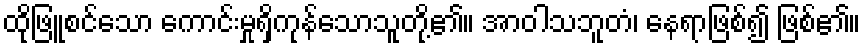
ထိုဖြူစင်သော ကောင်းမှုရှိကုန်သောသူတို့၏။ အာဝါသဘူတံ၊ နေရာဖြစ်၍ ဖြစ်၏။